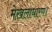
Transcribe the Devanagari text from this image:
मेखलाधारण।